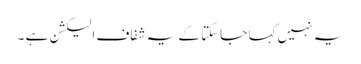
یہ نہیں کہا جاسکتا کے یہ شفاف الیکشن ہے ۔